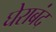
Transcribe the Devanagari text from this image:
घेराबंद